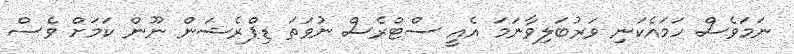
ނަމަވެސް ހަމައެކަނި ވަރުބަލިވާނަމަ އެއީ ސްޓްރެސް ނުވަތަ ޑިޕްރެޝަން ނޫން ކަމަށް ވެސް